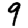
Digit: 9